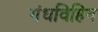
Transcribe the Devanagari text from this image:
गंधविहिन